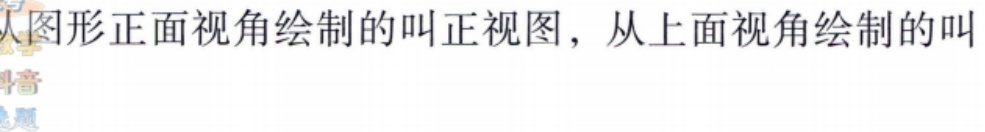
从图形正面视角绘制的叫正视图，从上面视角绘制的叫